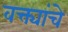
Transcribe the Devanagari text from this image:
वक्त्यांचे